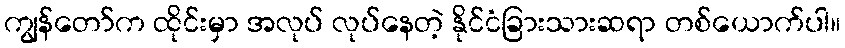
ကျွန်တော်က ထိုင်းမှာ အလုပ် လုပ်နေတဲ့ နိုင်ငံခြားသားဆရာ တစ်ယောက်ပါ။